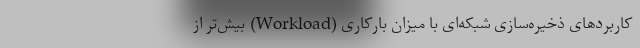
کاربردهای ذخیره‌سازی شبکه‌ای با میزان بارکاری (Workload) بیش‌تر از